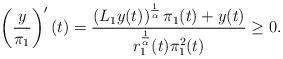
LaTeX: \begin{align*} \left(\frac{y}{\pi_{1}}\right)'(t)=\frac{\left(L_{1}y(t)\right)^{\frac{1}{\alpha}}\pi_{1}(t)+y(t)}{r_{1}^{\frac{1}{\alpha}}(t)\pi_{1}^{2}(t)}\geq 0. \end{align*}